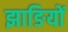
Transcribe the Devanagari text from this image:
झाङियों